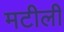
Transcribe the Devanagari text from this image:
मटीली